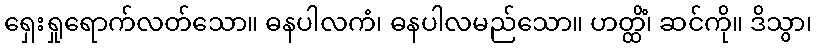
ရှေးရှုရောက်လတ်သော။ ဓနပါလကံ၊ ဓနပါလမည်သော။ ဟတ္ထိံ၊ ဆင်ကို။ ဒိသွာ၊